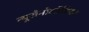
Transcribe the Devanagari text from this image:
न्यूरोनोलॉजिस्ट